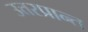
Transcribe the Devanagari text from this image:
उत्तरप्रान्त